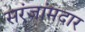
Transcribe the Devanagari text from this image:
सरंजांमदार